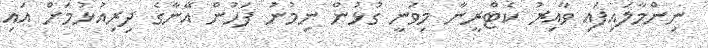
ނިންމާލައިފައި ވާއިރު ކެޓްރީނާ މިވަނީ ގުޅުން ނިމުނު ފަހުން އޭނާގެ ދިރިއުޅުމަށް އައި